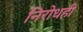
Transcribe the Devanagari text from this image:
निरोधही